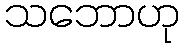
သဘောဟု